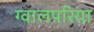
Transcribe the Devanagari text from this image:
ग्वालपरिया